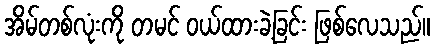
အိမ်တစ်လုံးကို တမင် ဝယ်ထားခဲ့ခြင်း ဖြစ်လေသည်။